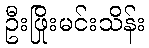
ဦးဖြိုးမင်းသိန်း